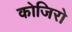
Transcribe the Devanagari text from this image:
कोजिरो